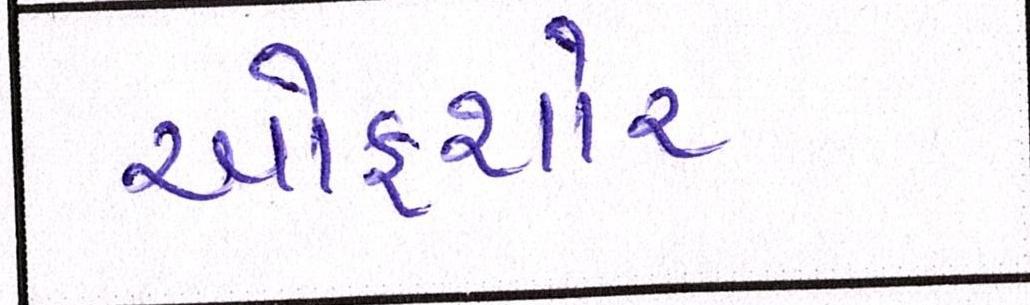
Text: ઓફશોર